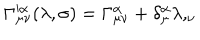
\Gamma _ { \mu \nu } ^ { \prime \alpha } ( \lambda , \sigma ) = \Gamma _ { \mu \nu } ^ { \alpha } + \delta _ { \mu } ^ { \alpha } \lambda , _ { \nu }